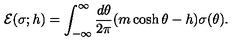
{ \cal E } ( \sigma ; h ) = \int _ { - \infty } ^ { \infty } { \frac { d \theta } { 2 \pi } } ( m \cosh \theta - h ) \sigma ( \theta ) .